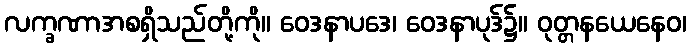
လက္ခဏာအစရှိသည်တို့ကို။ ဝေဒနာပဒေ၊ ဝေဒနာပုဒ်၌။ ဝုတ္တနယေနေဝ၊